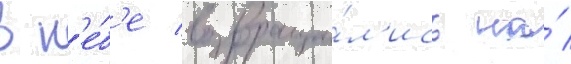
в н'е́б'е возвраща́л'ись на́